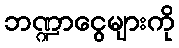
ဘဏ္ဍာငွေများကို